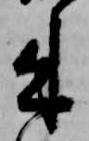
来